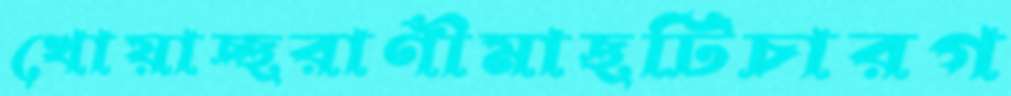
খোয়াচ্ছরাণীমাছটিচারগ